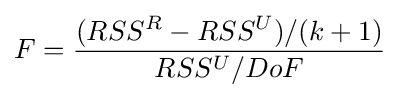
F={\frac {(RSS^{R}-RSS^{U})/(k+1)}{RSS^{U}/DoF}}